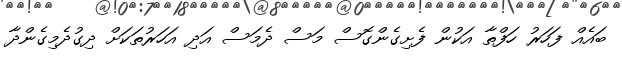
ބައެއް ފަހަރު ހަފްތާ އަކުން ފެށިގެންގޮސް މަސް ދެމަސް އަދި އަހަރުތަކަށް ދިގުދެމިގެންދާ